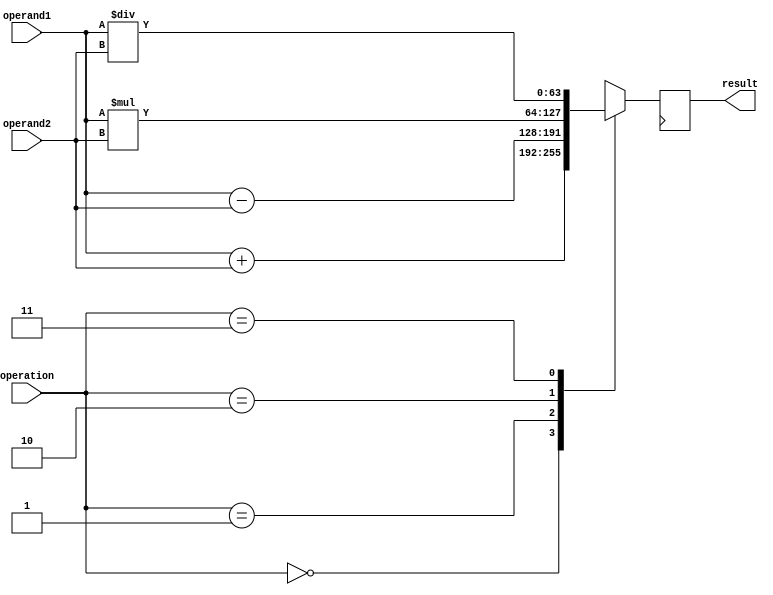
module double_precision_fpu (
    input wire [63:0] operand1,
    input wire [63:0] operand2,
    input wire [1:0] operation,
    output reg [63:0] result
);

reg [63:0] intermediate_value;

always @ (operand1 or operand2 or operation) begin
    case (operation)
        2'b00: intermediate_value = operand1 + operand2; // Addition
        2'b01: intermediate_value = operand1 - operand2; // Subtraction
        2'b10: intermediate_value = operand1 * operand2; // Multiplication
        2'b11: intermediate_value = operand1 / operand2; // Division
        default: intermediate_value = operand1 + operand2; // Default to addition
    endcase
end

always @ (posedge clock) begin
    result <= intermediate_value;
end

endmodule